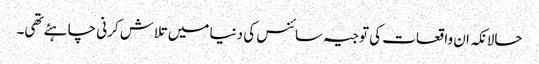
حالانکہ ان واقعات کی توجیہ سائنس کی دنیا میں تلاش کرنی چاہئے تھی۔